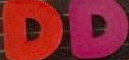
DD